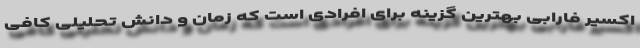
اکسیر فارابی بهترین گزینه برای افرادی است که زمان و دانش تحلیلی کافی